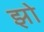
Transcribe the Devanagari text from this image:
झो